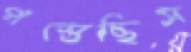
পস্তেছিস